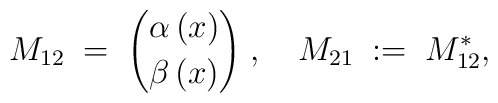
M_{12}\;=\;{\alpha\, (x) \choose \beta\,(x)}\;,\quad M_{21}\;:=\;M_{12}^*,